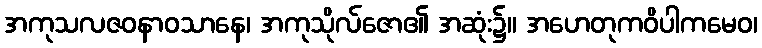
အကုသလဇဝနာဝသာနေ၊ အကုသိုလ်ဇော၏ အဆုံး၌။ အဟေတုကဝိပါကမေဝ၊